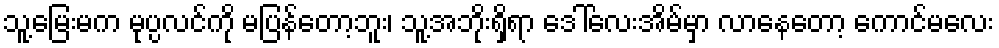
သူ့မြေးမက မုပ္ပလင်ကို မပြန်တော့ဘူး၊ သူ့အဘိုးရှိရာ ဒေါ်လေးအိမ်မှာ လာနေတော့ ကောင်မလေး